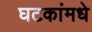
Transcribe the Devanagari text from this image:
घटकांमधे